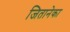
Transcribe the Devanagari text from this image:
जितानेका